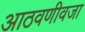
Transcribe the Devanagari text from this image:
आठवणीवजा